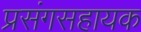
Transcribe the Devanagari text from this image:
प्रसंगसहायक